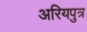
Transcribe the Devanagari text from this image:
अरियपुत्र